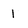
Character: 1